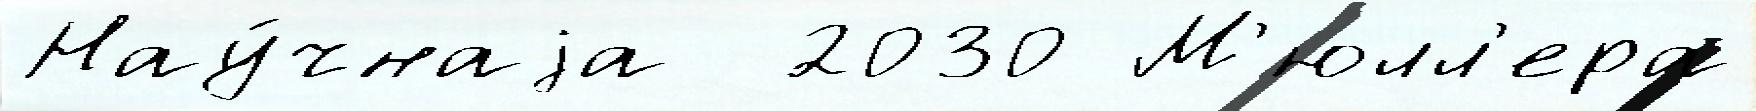
Нау́чнаjа  2030 М'юлл'ера